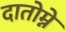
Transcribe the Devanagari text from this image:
दातोम्ने